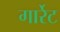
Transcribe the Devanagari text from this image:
गार्रेट